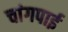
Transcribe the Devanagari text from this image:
चांगपाई